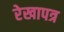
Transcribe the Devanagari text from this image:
रेखापत्र